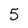
Character: 5